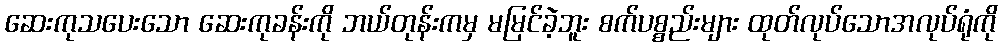
ဆေးကုသပေးသော ဆေးကုခန်းကို ဘယ်တုန်းကမှ မမြင်ခဲ့ဘူး စက်ပစ္စည်းများ ထုတ်လုပ်သောအလုပ်ရုံကို